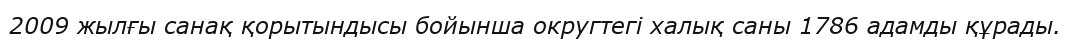
2009 жылғы санақ қорытындысы бойынша округтегі халық саны 1786 адамды құрады.